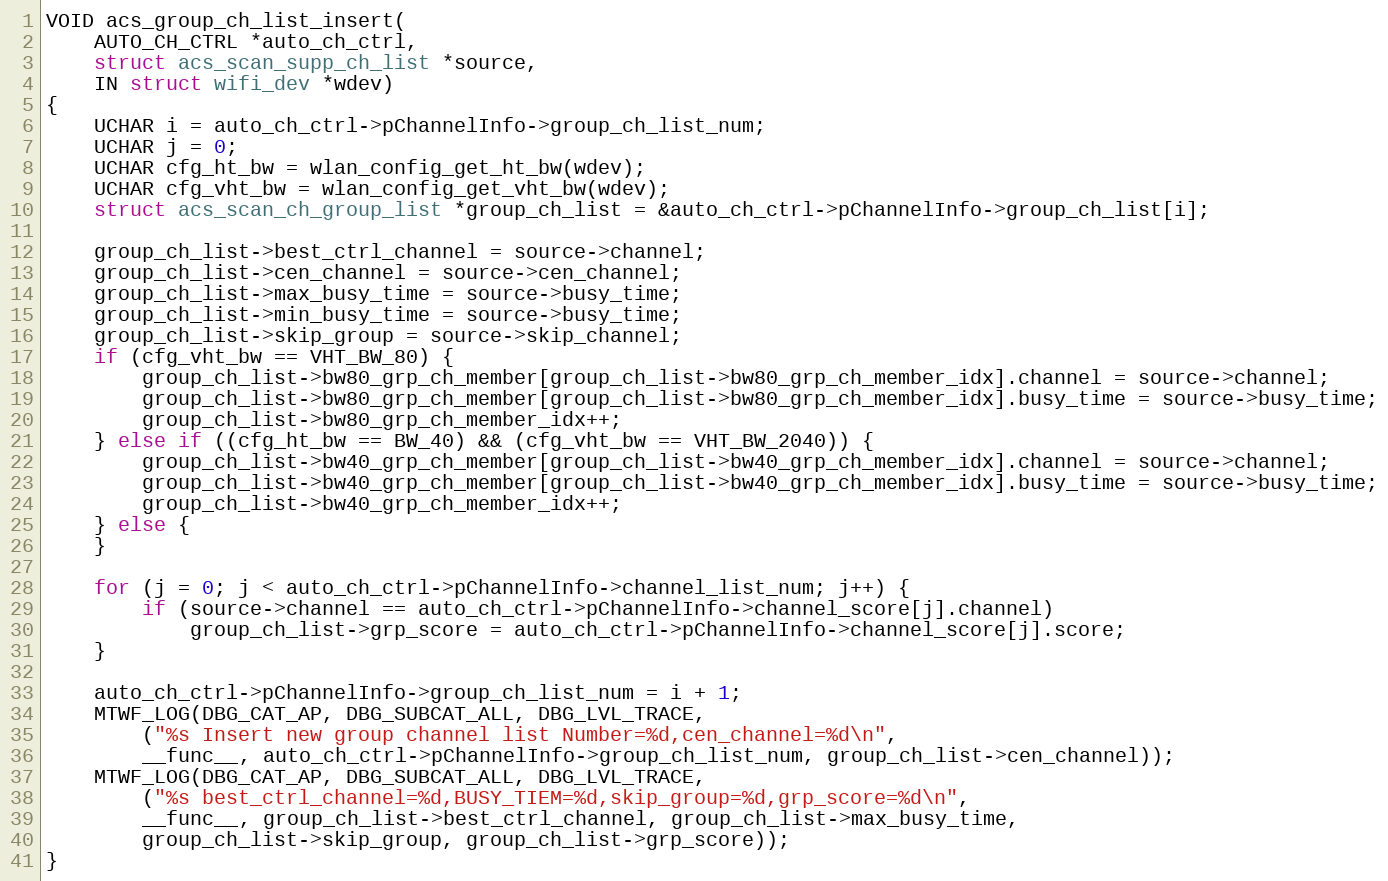
Language: C
VOID acs_group_ch_list_insert(
	AUTO_CH_CTRL *auto_ch_ctrl,
	struct acs_scan_supp_ch_list *source,
	IN struct wifi_dev *wdev)
{
	UCHAR i = auto_ch_ctrl->pChannelInfo->group_ch_list_num;
	UCHAR j = 0;
	UCHAR cfg_ht_bw = wlan_config_get_ht_bw(wdev);
	UCHAR cfg_vht_bw = wlan_config_get_vht_bw(wdev);
	struct acs_scan_ch_group_list *group_ch_list = &auto_ch_ctrl->pChannelInfo->group_ch_list[i];

	group_ch_list->best_ctrl_channel = source->channel;
	group_ch_list->cen_channel = source->cen_channel;
	group_ch_list->max_busy_time = source->busy_time;
	group_ch_list->min_busy_time = source->busy_time;
	group_ch_list->skip_group = source->skip_channel;
	if (cfg_vht_bw == VHT_BW_80) {
		group_ch_list->bw80_grp_ch_member[group_ch_list->bw80_grp_ch_member_idx].channel = source->channel;
		group_ch_list->bw80_grp_ch_member[group_ch_list->bw80_grp_ch_member_idx].busy_time = source->busy_time;
		group_ch_list->bw80_grp_ch_member_idx++;
	} else if ((cfg_ht_bw == BW_40) && (cfg_vht_bw == VHT_BW_2040)) {
		group_ch_list->bw40_grp_ch_member[group_ch_list->bw40_grp_ch_member_idx].channel = source->channel;
		group_ch_list->bw40_grp_ch_member[group_ch_list->bw40_grp_ch_member_idx].busy_time = source->busy_time;
		group_ch_list->bw40_grp_ch_member_idx++;
	} else {
	}

	for (j = 0; j < auto_ch_ctrl->pChannelInfo->channel_list_num; j++) {
		if (source->channel == auto_ch_ctrl->pChannelInfo->channel_score[j].channel)
			group_ch_list->grp_score = auto_ch_ctrl->pChannelInfo->channel_score[j].score;
	}

	auto_ch_ctrl->pChannelInfo->group_ch_list_num = i + 1;
	MTWF_LOG(DBG_CAT_AP, DBG_SUBCAT_ALL, DBG_LVL_TRACE,
		("%s Insert new group channel list Number=%d,cen_channel=%d\n",
		__func__, auto_ch_ctrl->pChannelInfo->group_ch_list_num, group_ch_list->cen_channel));
	MTWF_LOG(DBG_CAT_AP, DBG_SUBCAT_ALL, DBG_LVL_TRACE,
		("%s best_ctrl_channel=%d,BUSY_TIEM=%d,skip_group=%d,grp_score=%d\n",
		__func__, group_ch_list->best_ctrl_channel, group_ch_list->max_busy_time,
		group_ch_list->skip_group, group_ch_list->grp_score));
}